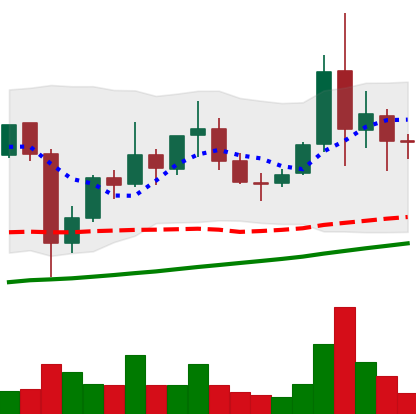
Ticker: XLM-USD
Chart end date: 2021-11-13
Forward return: -13.396%
Label: down_7plus